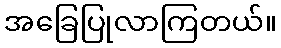
အခြေပြုလာကြတယ်။